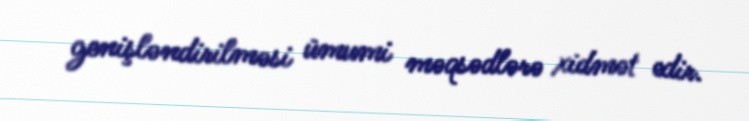
genişləndirilməsi ümumi məqsədlərə xidmət edir.